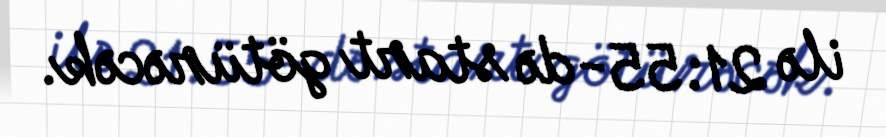
ilə 21:55-də start götürəcək.